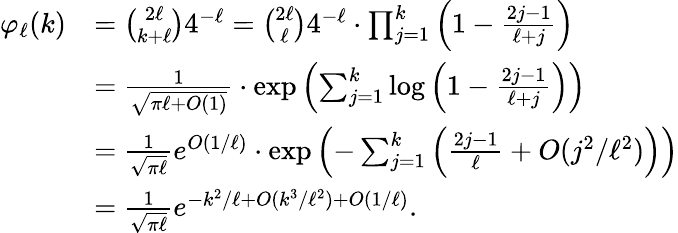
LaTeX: \begin{array}{rl}{\varphi_{\ell}(k)}&{=\binom{2\ell}{k+\ell}4^{-\ell}=\binom{2\ell}{\ell}4^{-\ell}\cdot\prod_{j=1}^{k}\Big(1-\frac{2j-1}{\ell+j}\Big)}\\ &{=\frac{1}{\sqrt{\pi\ell+O(1)}}\cdot\exp\left(\sum_{j=1}^{k}\log\Big(1-\frac{2j-1}{\ell+j}\Big)\right)}\\ &{=\frac{1}{\sqrt{\pi\ell}}e^{O(1/\ell)}\cdot\exp\left(-\sum_{j=1}^{k}\Big(\frac{2j-1}{\ell}+O(j^{2}/\ell^{2})\Big)\right)}\\ &{=\frac{1}{\sqrt{\pi\ell}}e^{-k^{2}/\ell+O(k^{3}/\ell^{2})+O(1/\ell)}.}\end{array}